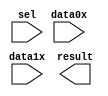
// megafunction wizard: %LPM_MUX%VBB%
// GENERATION: STANDARD
// VERSION: WM1.0
// MODULE: lpm_mux 

// ============================================================
// Megafunction Name(s):
// 			lpm_mux
//
// Simulation Library Files(s):
// 			lpm
// ============================================================
// ************************************************************
// THIS IS A WIZARD-GENERATED FILE. DO NOT EDIT THIS FILE!
//
// 7.2 Build 151 09/26/2007 SJ Full Version
// ************************************************************

//Copyright (C) 1991-2007 Altera Corporation
//Your use of Altera Corporation's design tools, logic functions 
//and other software and tools, and its AMPP partner logic 
//functions, and any output files from any of the foregoing 
//(including device programming or simulation files), and any 
//associated documentation or information are expressly subject 
//to the terms and conditions of the Altera Program License 
//Subscription Agreement, Altera MegaCore Function License 
//Agreement, or other applicable license agreement, including, 
//without limitation, that your use is for the sole purpose of 
//programming logic devices manufactured by Altera and sold by 
//Altera or its authorized distributors.  Please refer to the 
//applicable agreement for further details.

module lpm_mux1 (
	data0x,
	data1x,
	sel,
	result);

	input	[31:0]  data0x;
	input	[31:0]  data1x;
	input	  sel;
	output	[31:0]  result;

endmodule

// ============================================================
// CNX file retrieval info
// ============================================================
// Retrieval info: PRIVATE: INTENDED_DEVICE_FAMILY STRING "Cyclone III"
// Retrieval info: PRIVATE: SYNTH_WRAPPER_GEN_POSTFIX STRING "0"
// Retrieval info: CONSTANT: LPM_SIZE NUMERIC "2"
// Retrieval info: CONSTANT: LPM_TYPE STRING "LPM_MUX"
// Retrieval info: CONSTANT: LPM_WIDTH NUMERIC "32"
// Retrieval info: CONSTANT: LPM_WIDTHS NUMERIC "1"
// Retrieval info: USED_PORT: data0x 0 0 32 0 INPUT NODEFVAL data0x[31..0]
// Retrieval info: USED_PORT: data1x 0 0 32 0 INPUT NODEFVAL data1x[31..0]
// Retrieval info: USED_PORT: result 0 0 32 0 OUTPUT NODEFVAL result[31..0]
// Retrieval info: USED_PORT: sel 0 0 0 0 INPUT NODEFVAL sel
// Retrieval info: CONNECT: result 0 0 32 0 @result 0 0 32 0
// Retrieval info: CONNECT: @data 0 0 32 32 data1x 0 0 32 0
// Retrieval info: CONNECT: @data 0 0 32 0 data0x 0 0 32 0
// Retrieval info: CONNECT: @sel 0 0 1 0 sel 0 0 0 0
// Retrieval info: LIBRARY: lpm lpm.lpm_components.all
// Retrieval info: GEN_FILE: TYPE_NORMAL lpm_mux1.v TRUE
// Retrieval info: GEN_FILE: TYPE_NORMAL lpm_mux1.inc FALSE
// Retrieval info: GEN_FILE: TYPE_NORMAL lpm_mux1.cmp FALSE
// Retrieval info: GEN_FILE: TYPE_NORMAL lpm_mux1.bsf TRUE
// Retrieval info: GEN_FILE: TYPE_NORMAL lpm_mux1_inst.v TRUE
// Retrieval info: GEN_FILE: TYPE_NORMAL lpm_mux1_bb.v TRUE
// Retrieval info: LIB_FILE: lpm